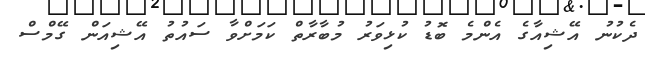
ދެކުނު އޭޝިއާގެ އެންމެ ބޮޑު ކުޅިވަރު މުބާރާތް ކަމަށްވާ ސައުތު އޭޝިއަން ގޭމްސް